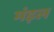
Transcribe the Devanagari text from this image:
मंड़ल